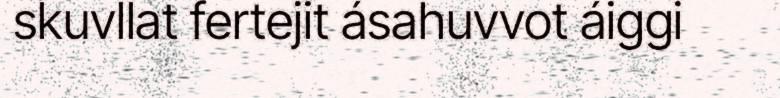
skuvllat fertejit ásahuvvot áiggi